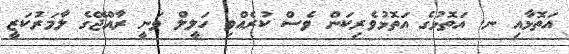
އަތޮޅާއި ނ. އަތޮޅުގެ އަތޮޅުވެރިކަން ވެސް ކުރެއްވި ހަލީލް ވަނީ ރާއްޖޭގެ ލާމަރުކަޒީ